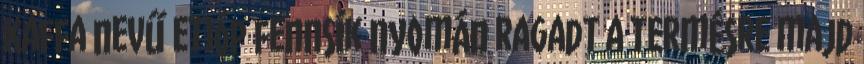
Kaffa nevű etióp fennsík nyomán ragadt a termésre majd